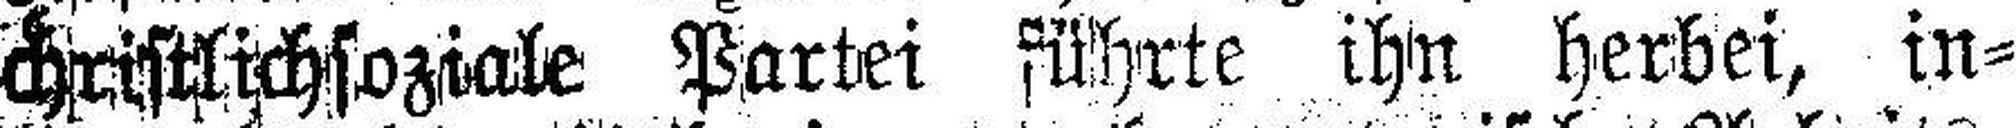
christlichsoziale Partei führte ihn herbei, in¬